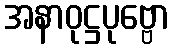
အနာဝုဋ္ဌပုဗ္ဗော